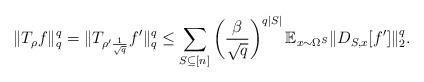
LaTeX: \begin{align*} \|T_{\rho}f\|_q^q = \|T_{\rho' \frac{1}{\sqrt{q}}}f' \|_q^q \le \sum_{S\subseteq [n]} \left( \frac{\beta}{\sqrt{q}} \right)^{q|S|} \mathbb{E}_{x\sim \Omega^S} \| D_{S,x}[f']\|_2^q . \end{align*}